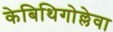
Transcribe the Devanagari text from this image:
केबिथिगोल्लेवा